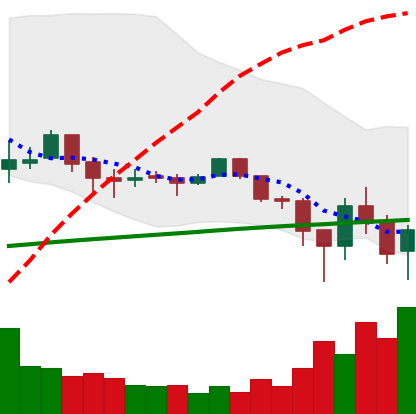
Ticker: LTC-USD
Chart end date: 2018-02-06
Forward return: 4.195%
Label: up_3_5